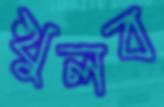
খুলব